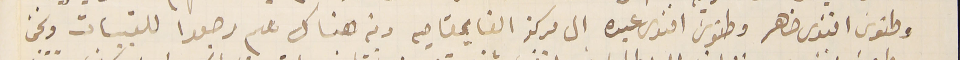
وطنوسَ افندى ضاهر وطنوسَ افندى عبده الى مركز القايمقاميه ومن هناك هم رجعوا للقبيات ونحن